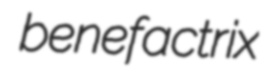
benefactrix